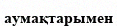
аумақтарымен